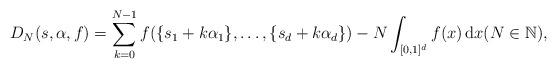
LaTeX: \begin{align*}D_N(s, \alpha, f)=\sum_{k=0}^{N-1} f(\{s_1 + k\alpha_1 \}, \dots, \{ s_d + k\alpha_d \} ) -N \int_{[0,1]^d} f(x) \, \textrm{d}x (N \in \mathbb{N}),\end{align*}